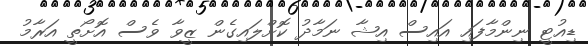
ޑިއުޓީ ނިންމާފައި އައިސް އިޝާ ނަމާދު ކޮށްލައިގެން ޒީވާ ވެސް އޮށޯތީ އަރާމު